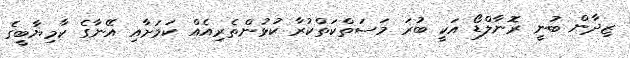
ޒިދާން ބުނީ ރޮނާލްޑޯ އަކީ ބުރަ މަސަތްކަތްކުރާ ކުޅުންތެރިއެއް ކަމަށާއި އޭނާގެ ކާމިޔާބީގެ